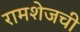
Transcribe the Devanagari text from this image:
रामशेजची